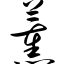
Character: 薰